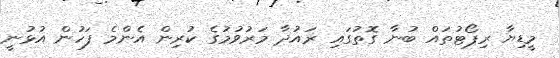
މީޑިޔާ ރިޕޯޓުތައް ބުނާ ގޮތުގައި ރައުދާ މަރުވުމުގެ ކުރިން އެންމެ ފަހުން އުޅުނީ